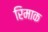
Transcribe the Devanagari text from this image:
रिमाक